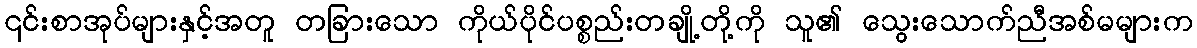
၎င်းစာအုပ်များနှင့်အတူ တခြားသော ကိုယ်ပိုင်ပစ္စည်းတချို့တို့ကို သူ၏ သွေးသောက်ညီအစ်မများက